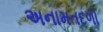
અનામતદળો